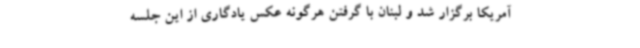
آمریکا برگزار شد و لبنان با گرفتن هرگونه عکس یادگاری از این جلسه